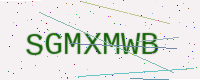
Text: SGMXMWB